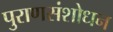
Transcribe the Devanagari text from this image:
पुराणसंशोधन